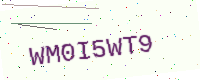
Text: WM0I5WT9